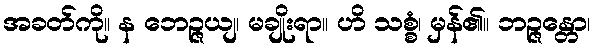
အခတ်ကို။ န ဘေဉ္ဇယျ၊ မချိုးရာ။ ဟိ သစ္စံ၊ မှန်၏။ ဘဉ္ဇန္တော၊